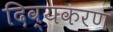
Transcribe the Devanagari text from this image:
दिव्यकरण